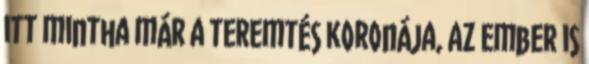
itt mintha már a teremtés koronája, az ember is